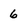
Character: 6